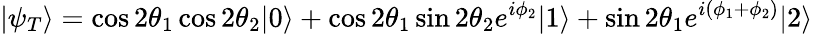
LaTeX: |\psi_{T}\rangle=\cos 2\theta_{1}\cos 2\theta_{2}|0\rangle+\cos 2\theta_{1}\sin 2\theta_{2}e^{i\phi_{2}}|1\rangle+\sin 2\theta_{1}e^{i(\phi_{1}+\phi_{2})}|2\rangle